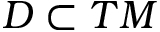
D \subset T M